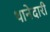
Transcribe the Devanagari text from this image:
थानेदारी